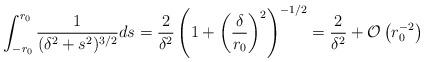
LaTeX: \begin{align*}\int_{-r_0}^{r_0} \frac 1{(\delta^2 + s^2)^{3/2} } ds= \frac 2{\delta^2} \left( 1+ \left(\frac \delta {r_0}\right)^2\right)^{-1/2}= \frac 2{\delta^2} + \mathcal{O}\left(r_0^{-2}\right)\end{align*}